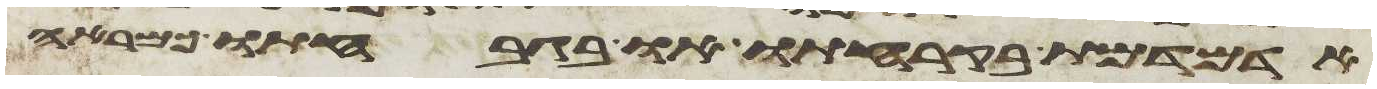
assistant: אדמדמת בקרחתו או בגבחתו כמראה